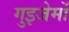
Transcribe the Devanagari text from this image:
गुइजेर्मो